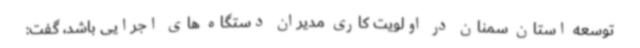
توسعه استان سمنان در اولویت کاری مدیران دستگاه های اجرایی باشد، گفت: